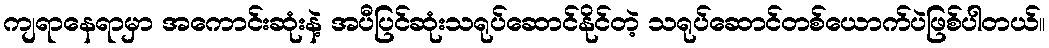
ကျရာနေရာမှာ အကောင်းဆုံးနဲ့ အပီပြင်ဆုံးသရုပ်ဆောင်နိုင်တဲ့ သရုပ်ဆောင်တစ်ယောက်ပဲဖြစ်ပါတယ်။